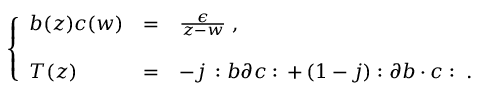
\left\{ \begin{array} { l c l } { { b ( z ) c ( w ) } } & { { = } } & { { \frac { \epsilon } { z - w } \; , } } \\ { { } } & { { } } & { { } } \\ { { T ( z ) } } & { { = } } & { { - j \, : b \partial c : \, + \, ( 1 - j ) : \partial b \cdot c : \; . } } \end{array} \right.